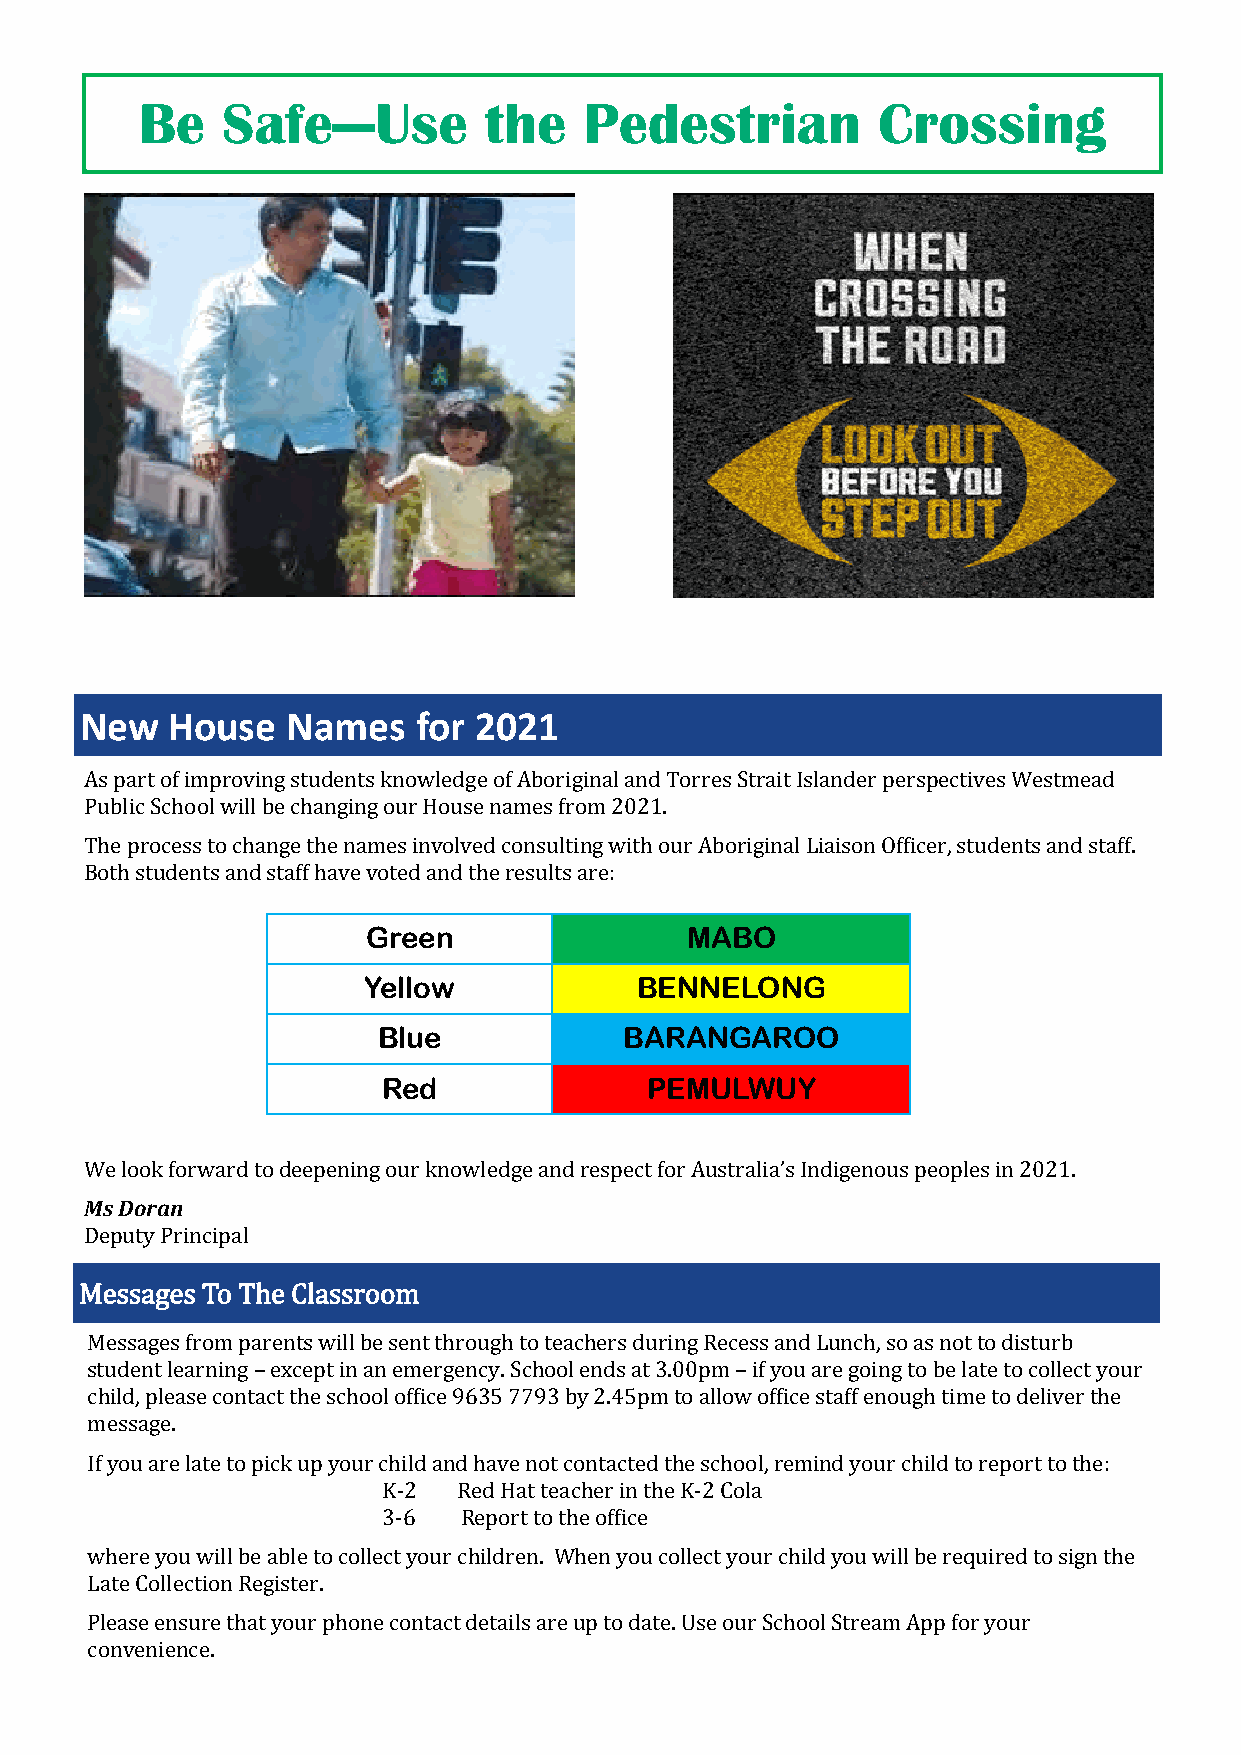
Be    Safe—Use         the    Pedestrian         Crossing
 New   House   Names    for 2021
 As part of improving students knowledge of Aboriginal and Torres Strait Islander perspectives Westmead
 Public School will be changing our House names from 2021.
 The process to change the names involved consulting with our Aboriginal Liaison Officer, students and staff.
 Both students and staff have voted and the results are:
 Green                MABO
 Yellow            BENNELONG
 Blue            BARANGAROO
 Red               PEMULWUY
 We look forward to deepening our knowledge and respect for Australia’s Indigenous peoples in 2021.
 Ms Doran
 Deputy Principal
 Messages To The Classroom
 Messages from parents will be sent through to teachers during Recess and Lunch, so as not to disturb
 student learning – except in an emergency. School ends at 3.00pm – if you are going to be late to collect your
 child, please contact the school office 9635 7793 by 2.45pm to allow office staff enough time to deliver the
 message.
 If you are late to pick up your child and have not contacted the school, remind your child to report to the:
 K-2  Red Hat teacher in the K-2 Cola
 3-6  Report to the office
 where you will be able to collect your children. When you collect your child you will be required to sign the
 Late Collection Register.
 Please ensure that your phone contact details are up to date. Use our School Stream App for your
 convenience.